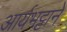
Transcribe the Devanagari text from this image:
आर्यभट्टाने